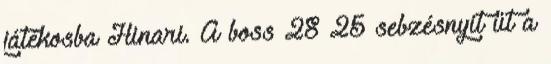
játékosba Hinari. A boss 28 25 sebzésnyit üt a